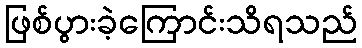
ဖြစ်ပွားခဲ့ကြောင်းသိရသည်